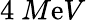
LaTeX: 4~M\mathrm{e}V